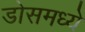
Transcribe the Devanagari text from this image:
डोसमध्ये